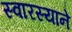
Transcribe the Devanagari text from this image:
स्वारस्याने